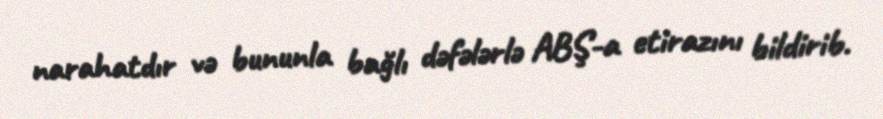
narahatdır və bununla bağlı dəfələrlə ABŞ-a etirazını bildirib.